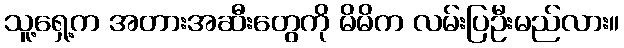
သူ့ရှေ့က အတားအဆီးတွေကို မိမိက လမ်းပြဦးမည်လား။